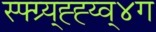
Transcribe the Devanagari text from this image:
स्फ्ग्र्य्ह्ह्य्व्४ग